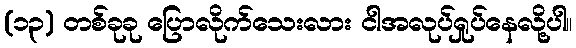
(၁၃) တစ်ခုခု ပြောလိုက်သေးလား ငါအလုပ်ရှုပ်နေလို့ပါ။